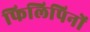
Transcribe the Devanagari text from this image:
फिलिपिनों